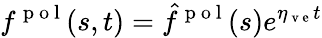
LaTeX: f^{\mathrm{~p~o~l~}}(s,t)=\hat{f}^{\mathrm{~p~o~l~}}(s)e^{\eta_{\mathrm{~v~e~}}t}